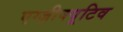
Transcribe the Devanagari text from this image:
एग्ज़ीक्यूटिव